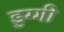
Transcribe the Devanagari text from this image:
डुग्गी